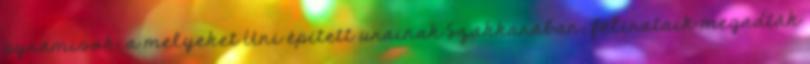
pyramisok, a melyeket Uni épített urainak Szakkarában; felirataik megadták